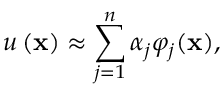
u \left( \mathbf { x } \right) \approx \sum _ { j = 1 } ^ { n } \alpha _ { j } \varphi _ { j } ( \mathbf { x } ) ,